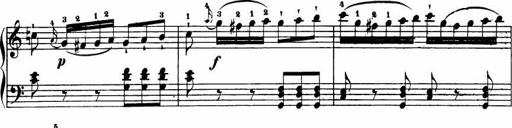
Title: Le bouquetier
Composer: Anton Diabelli
Key: G major
 C major
 F major
 C major